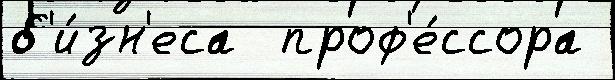
б'и́зн'еса  проф'е́ссора